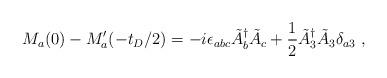
LaTeX: \begin{align*}M_a(0)-M'_a(-t_D/2) = -i\epsilon_{abc} \tilde{A}_b^\dagger \tilde{A}_c +\frac{1}{2} \tilde{A}_3^\dagger \tilde{A}_3 \delta_{a3} ~,\end{align*}